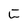
Character: C